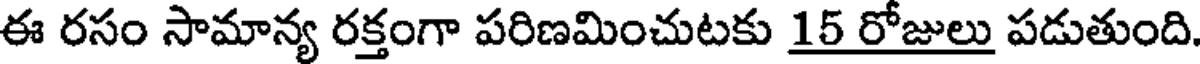
ఈ రసం సామాన్య రక్తంగా పరిణమించుటకు 15 రోజులు పడుతుంది